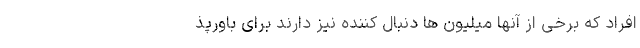
افراد که برخی از آنها میلیون ها دنبال کننده نیز دارند برای باورپذ